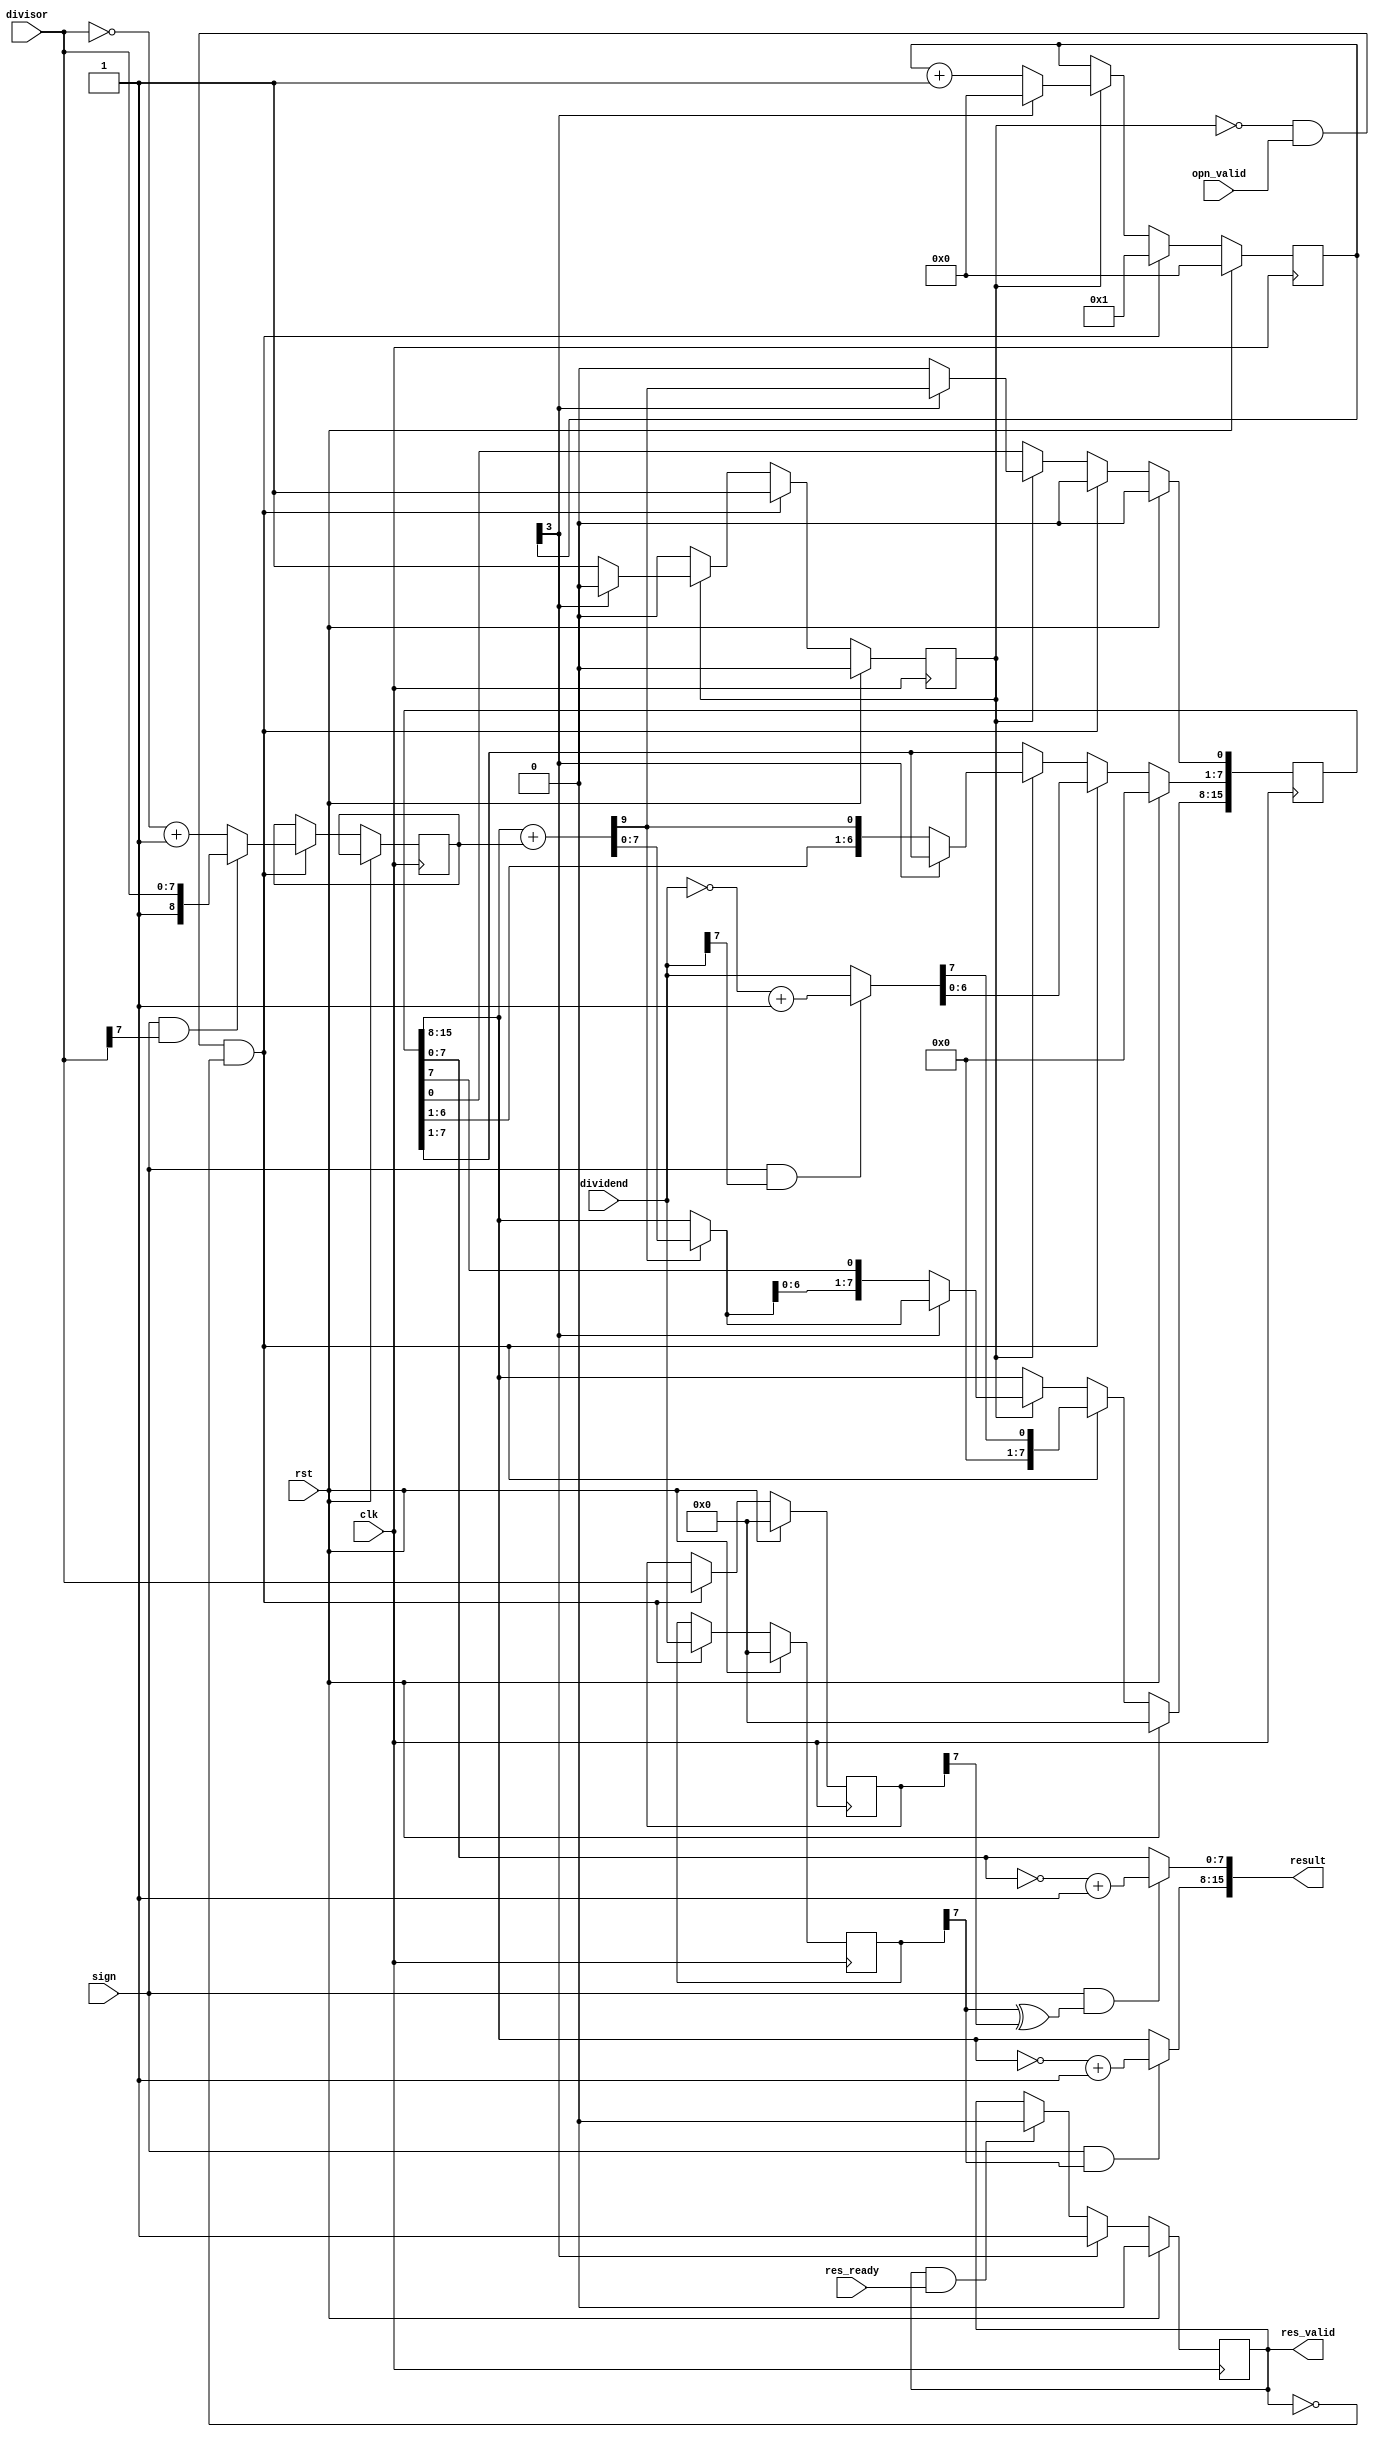
`timescale 1ns/1ps
module verified_radix2_div(
    input wire clk,
    input wire rst,
    input wire [7:0] dividend,    
    input wire [7:0] divisor,    
    input wire sign,       

    input wire opn_valid,   
    output reg res_valid,   
    input wire res_ready,   
    output wire [15:0] result
);

    reg [7:0] dividend_save, divisor_save;
    reg [15:0] SR;                  
    reg [8 :0] NEG_DIVISOR;        
    wire [7:0] REMAINER, QUOTIENT;
    assign REMAINER = SR[15:8];
    assign QUOTIENT = SR[7: 0];

    wire [7:0] divident_abs;
    wire [8:0] divisor_abs;
    wire [7:0] remainer, quotient;

    assign divident_abs = (sign & dividend[7]) ? ~dividend + 1'b1 : dividend;
    assign remainer = (sign & dividend_save[7]) ? ~REMAINER + 1'b1 : REMAINER;
    assign quotient = sign & (dividend_save[7] ^ divisor_save[7]) ? ~QUOTIENT + 1'b1 : QUOTIENT;
    assign result = {remainer,quotient};

    wire CO;
    wire [8:0] sub_result;
    wire [8:0] mux_result;

    assign {CO,sub_result} = {1'b0,REMAINER} + NEG_DIVISOR;

    assign mux_result = CO ? sub_result : {1'b0,REMAINER};

    reg [3:0] cnt;
    reg start_cnt;
    always @(posedge clk) begin
        if(rst) begin
            SR <= 0;
            dividend_save <= 0;
            divisor_save <= 0;

            cnt <= 0;
            start_cnt <= 1'b0;
        end
        else if(~start_cnt & opn_valid & ~res_valid) begin
            cnt <= 1;
            start_cnt <= 1'b1;
        
            dividend_save <= dividend;
            divisor_save <= divisor;

            SR[15:0] <= {7'b0,divident_abs,1'b0}; 
            NEG_DIVISOR <= (sign & divisor[7]) ? {1'b1,divisor} : ~{1'b0,divisor} + 1'b1; 
        end
        else if(start_cnt) begin
            if(cnt[3]) begin    
                cnt <= 0;
                start_cnt <= 1'b0;
                
                SR[15:8] <= mux_result[7:0];
                SR[0] <= CO;
            end
            else begin
                cnt <= cnt + 1;

                SR[15:0] <= {mux_result[6:0],SR[7:1],CO,1'b0}; 
            end
        end
    end

    wire data_go;
    assign data_go = res_valid & res_ready;
    always @(posedge clk) begin
        res_valid <= rst     ? 1'b0 :
                     cnt[3]  ? 1'b1 :
                     data_go ? 1'b0 : res_valid;
    end
endmodule